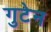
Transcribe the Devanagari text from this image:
गुटेन